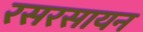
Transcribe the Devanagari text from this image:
रसरसायन